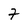
Character: 7